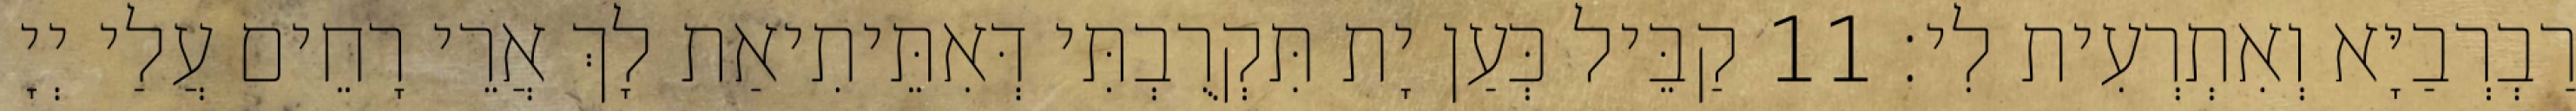
רַבְרְבַיָּא וְאִתְרְעִית לִי׃ 11 קַבֵּיל כְּעַן יָת תִּקְרֻבְתִּי דְּאִתֵּיתִיאַת לָךְ אֲרֵי רָחֵים עֲלַי יְיָ